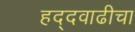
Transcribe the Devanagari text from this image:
हद्दवाढीचा